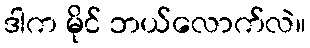
ဒါက မိုင် ဘယ်လောက်လဲ။